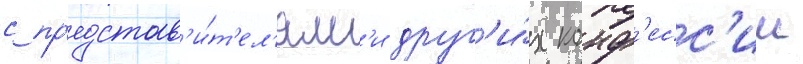
с пр'едстав'и́т'ел'ям'и друг'и́х конф'есс'ии